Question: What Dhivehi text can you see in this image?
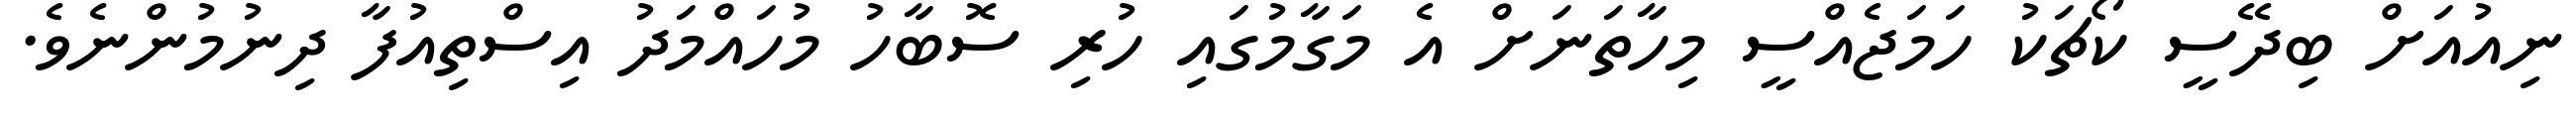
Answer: ނިއުއަށް ބިދޭސީ ކޯޗަކު ހަމަޖެއްސީ މިހާތަނަށް އެ މަގާމުގައި ހުރި ސޮބާހު މުހައްމަދު އިސްތިއުފާ ދިނުމުންނެވެ.